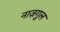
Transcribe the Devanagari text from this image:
नाज़गुल